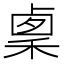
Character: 𥟫